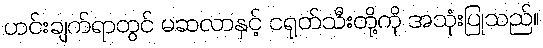
ဟင်းချက်ရာတွင် မဆလာနှင့် ငရုတ်သီးတို့ကို အသုံးပြုသည်။